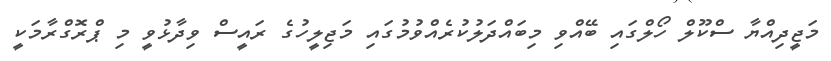
މަޖީދިއްޔާ ސްކޫލް ހޯލްގައި ބޭއްވި މިބައްދަލުކުރެއްވުމުގައި މަޖިލީހުގެ ރައީސް ވިދާޅުވީ މި ޕްރޮގްރާމަކީ